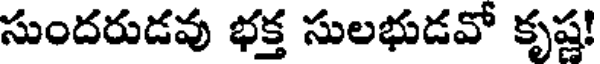
సుందరుడవు భక్త సులభుడవో కృష్ణ!